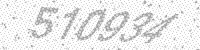
Solution: 510934